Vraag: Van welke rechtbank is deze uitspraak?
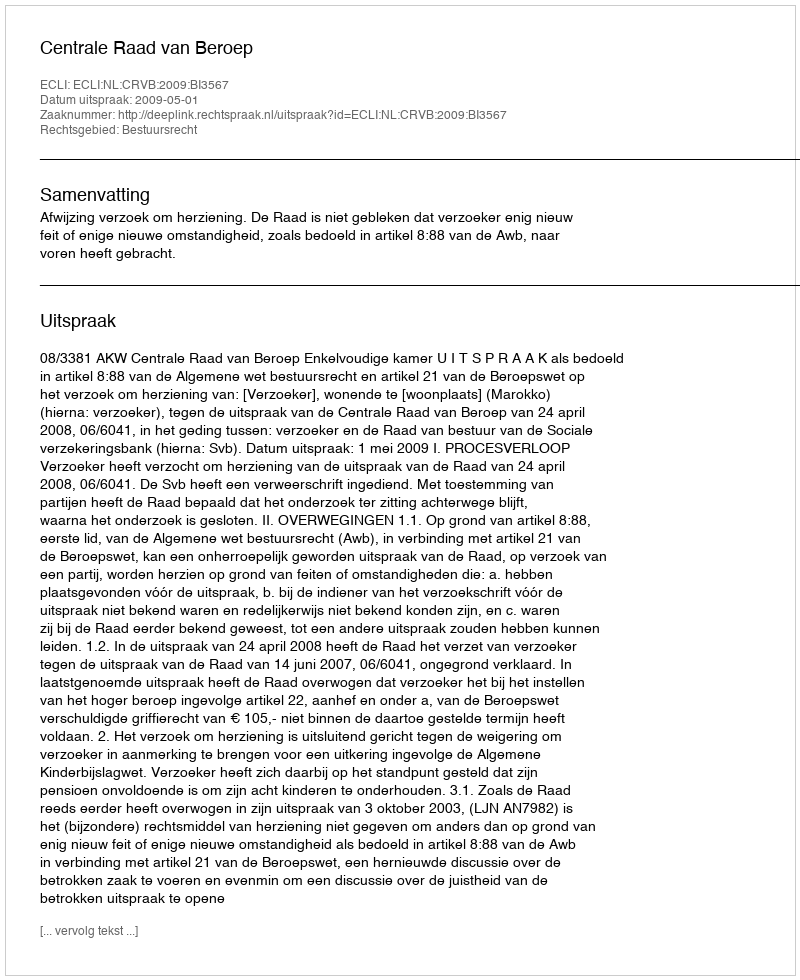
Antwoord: Centrale Raad van Beroep